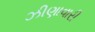
ઝીણાવારી